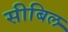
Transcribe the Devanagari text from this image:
सीबिल